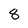
Character: 8